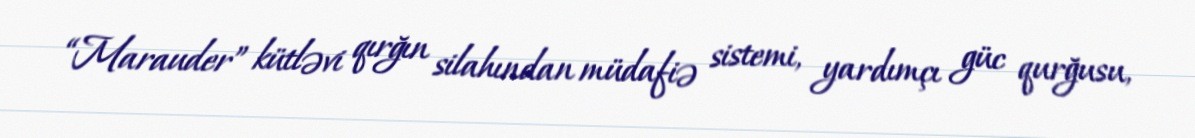
“Marauder” kütləvi qırğın silahından müdafiə sistemi, yardımçı güc qurğusu,